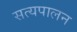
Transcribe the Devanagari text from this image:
सत्यपालन